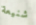
شنيعة